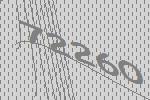
72260